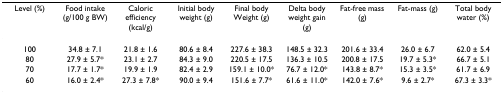
| Level (%) | Food intake (g/100 g BW) | Caloric efficiency (kcal/g) | Initial body weight (g) | Final body Weight (g) | Delta body weight gain (g) | Fat-free mass (g) | Fat-mass (g) | Total body water (%) |
 | --- | --- | --- | --- | --- | --- | --- | --- | --- |
 | 100 | 34.8 ± 7.1 | 21.8 ± 1.6 | 80.6 ± 8.4 | 227.6 ± 38.3 | 148.5 ± 32.3 | 201.6 ± 33.4 | 26.0 ± 6.7 | 62.0 ± 5.4 |
 | 80 | 27.9 ± 5.7* | 23.1 ± 2.7 | 84.3 ± 9.0 | 220.5 ± 17.5 | 136.3 ± 10.5 | 200.8 ± 17.5 | 19.7 ± 5.3* | 66.7 ± 5.1 |
 | 70 | 17.7 ± 1.7* | 19.9 ± 1.9 | 82.4 ± 2.9 | 159.1 ± 10.0* | 76.7 ± 12.0* | 143.8 ± 8.7* | 15.3 ± 3.5* | 61.7 ± 6.9 |
 | 60 | 16.0 ± 2.4* | 27.3 ± 7.8* | 90.0 ± 9.4 | 151.6 ± 7.7* | 61.6 ± 11.0* | 142.0 ± 7.6* | 9.6 ± 2.7* | 67.3 ± 3.3* |